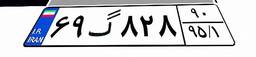
۶۹گ۸۲۸۹۰